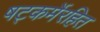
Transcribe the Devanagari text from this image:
षट्‍कर्मेरहित